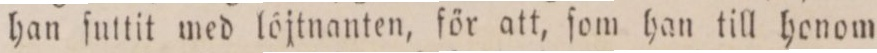
han ſuttit med löjtnanten, för att, ſom han till honom